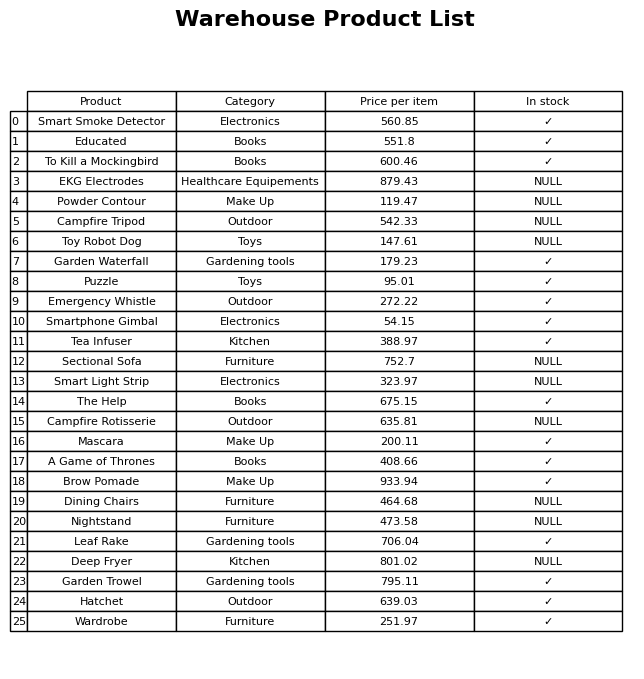
question: Which products are currently out of stock?
answer: EKG Electrodes, Powder Contour, Campfire Tripod, Toy Robot Dog, Sectional Sofa, Smart Light Strip, Campfire Rotisserie, Dining Chairs, Nightstand, Deep Fryer